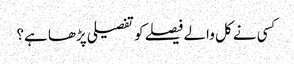
کسی نے کل والے فیصلے کو تفصیلی پڑھا ہے؟